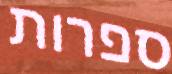
ספרות